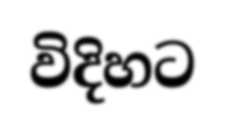
විදිහට